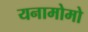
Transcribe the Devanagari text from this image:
यनामोमो